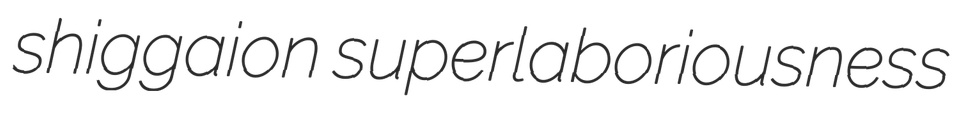
shiggaion superlaboriousness